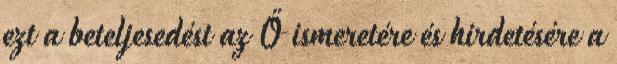
ezt a beteljesedést az Ő ismeretére és hirdetésére a